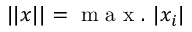
\vert \vert x \vert \vert = \mathrm { ~ m ~ a ~ x ~ . ~ } \vert x _ { i } \vert